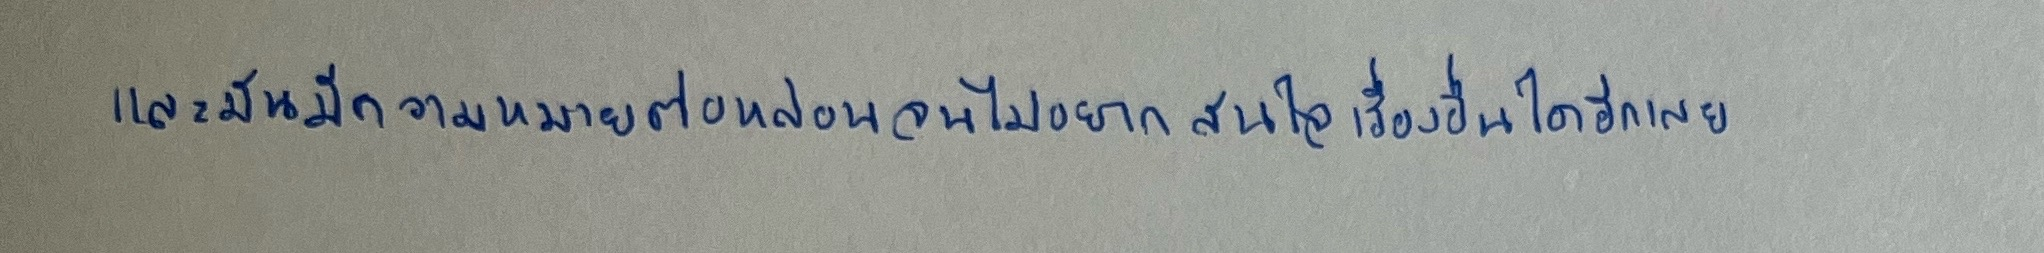
และมันมีความหมายต่อหล่อนจนไม่อยากสนใจเรื่องอื่นใดอีกเลย